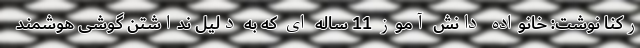
رکنا نوشت: خانواده دانش آموز 11 ساله ای که به دلیل نداشتن گوشی هوشمند